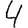
Digit: 4